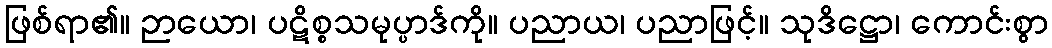
ဖြစ်ရာ၏။ ဉာယော၊ ပဋိစ္စသမုပ္ပာဒ်ကို။ ပညာယ၊ ပညာဖြင့်။ သုဒိဋ္ဌော၊ ကောင်းစွာ